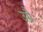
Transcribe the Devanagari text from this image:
उग्रै